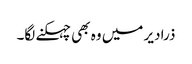
ذرا دیر میں وہ بھی چہکنے لگا۔